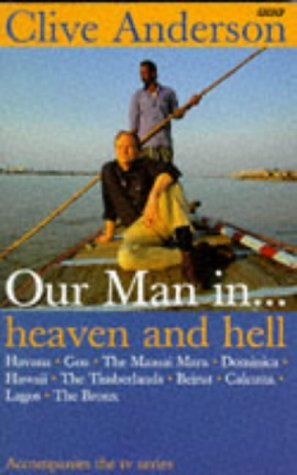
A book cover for Our Man in...Heaven and Hell: Beirut, Calcutta, Lagos, the Bronx; Clive Anderson; Travel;